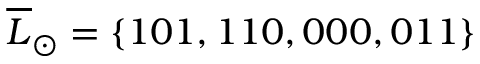
\overline { { L } } _ { \odot } = \{ 1 0 1 , 1 1 0 , 0 0 0 , 0 1 1 \}